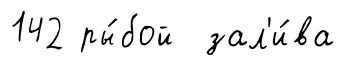
142 ры́бой зал'и́ва